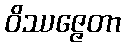
ဝိဿဇ္ဇေတာ